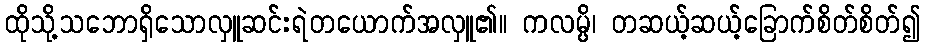
ထိုသို့သဘောရှိသောလှူဆင်းရဲတယောက်အလှူ၏။ ကလမ္ပိ၊ တဆယ့်ဆယ့်ခြောက်စိတ်စိတ်၍